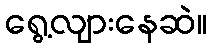
ရွေ့လျားနေဆဲ။